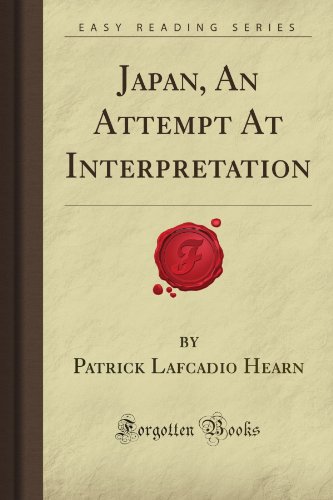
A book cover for Japan, An Attempt At Interpretation (Forgotten Books); Patrick Lafcadio Hearn; Religion & Spirituality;